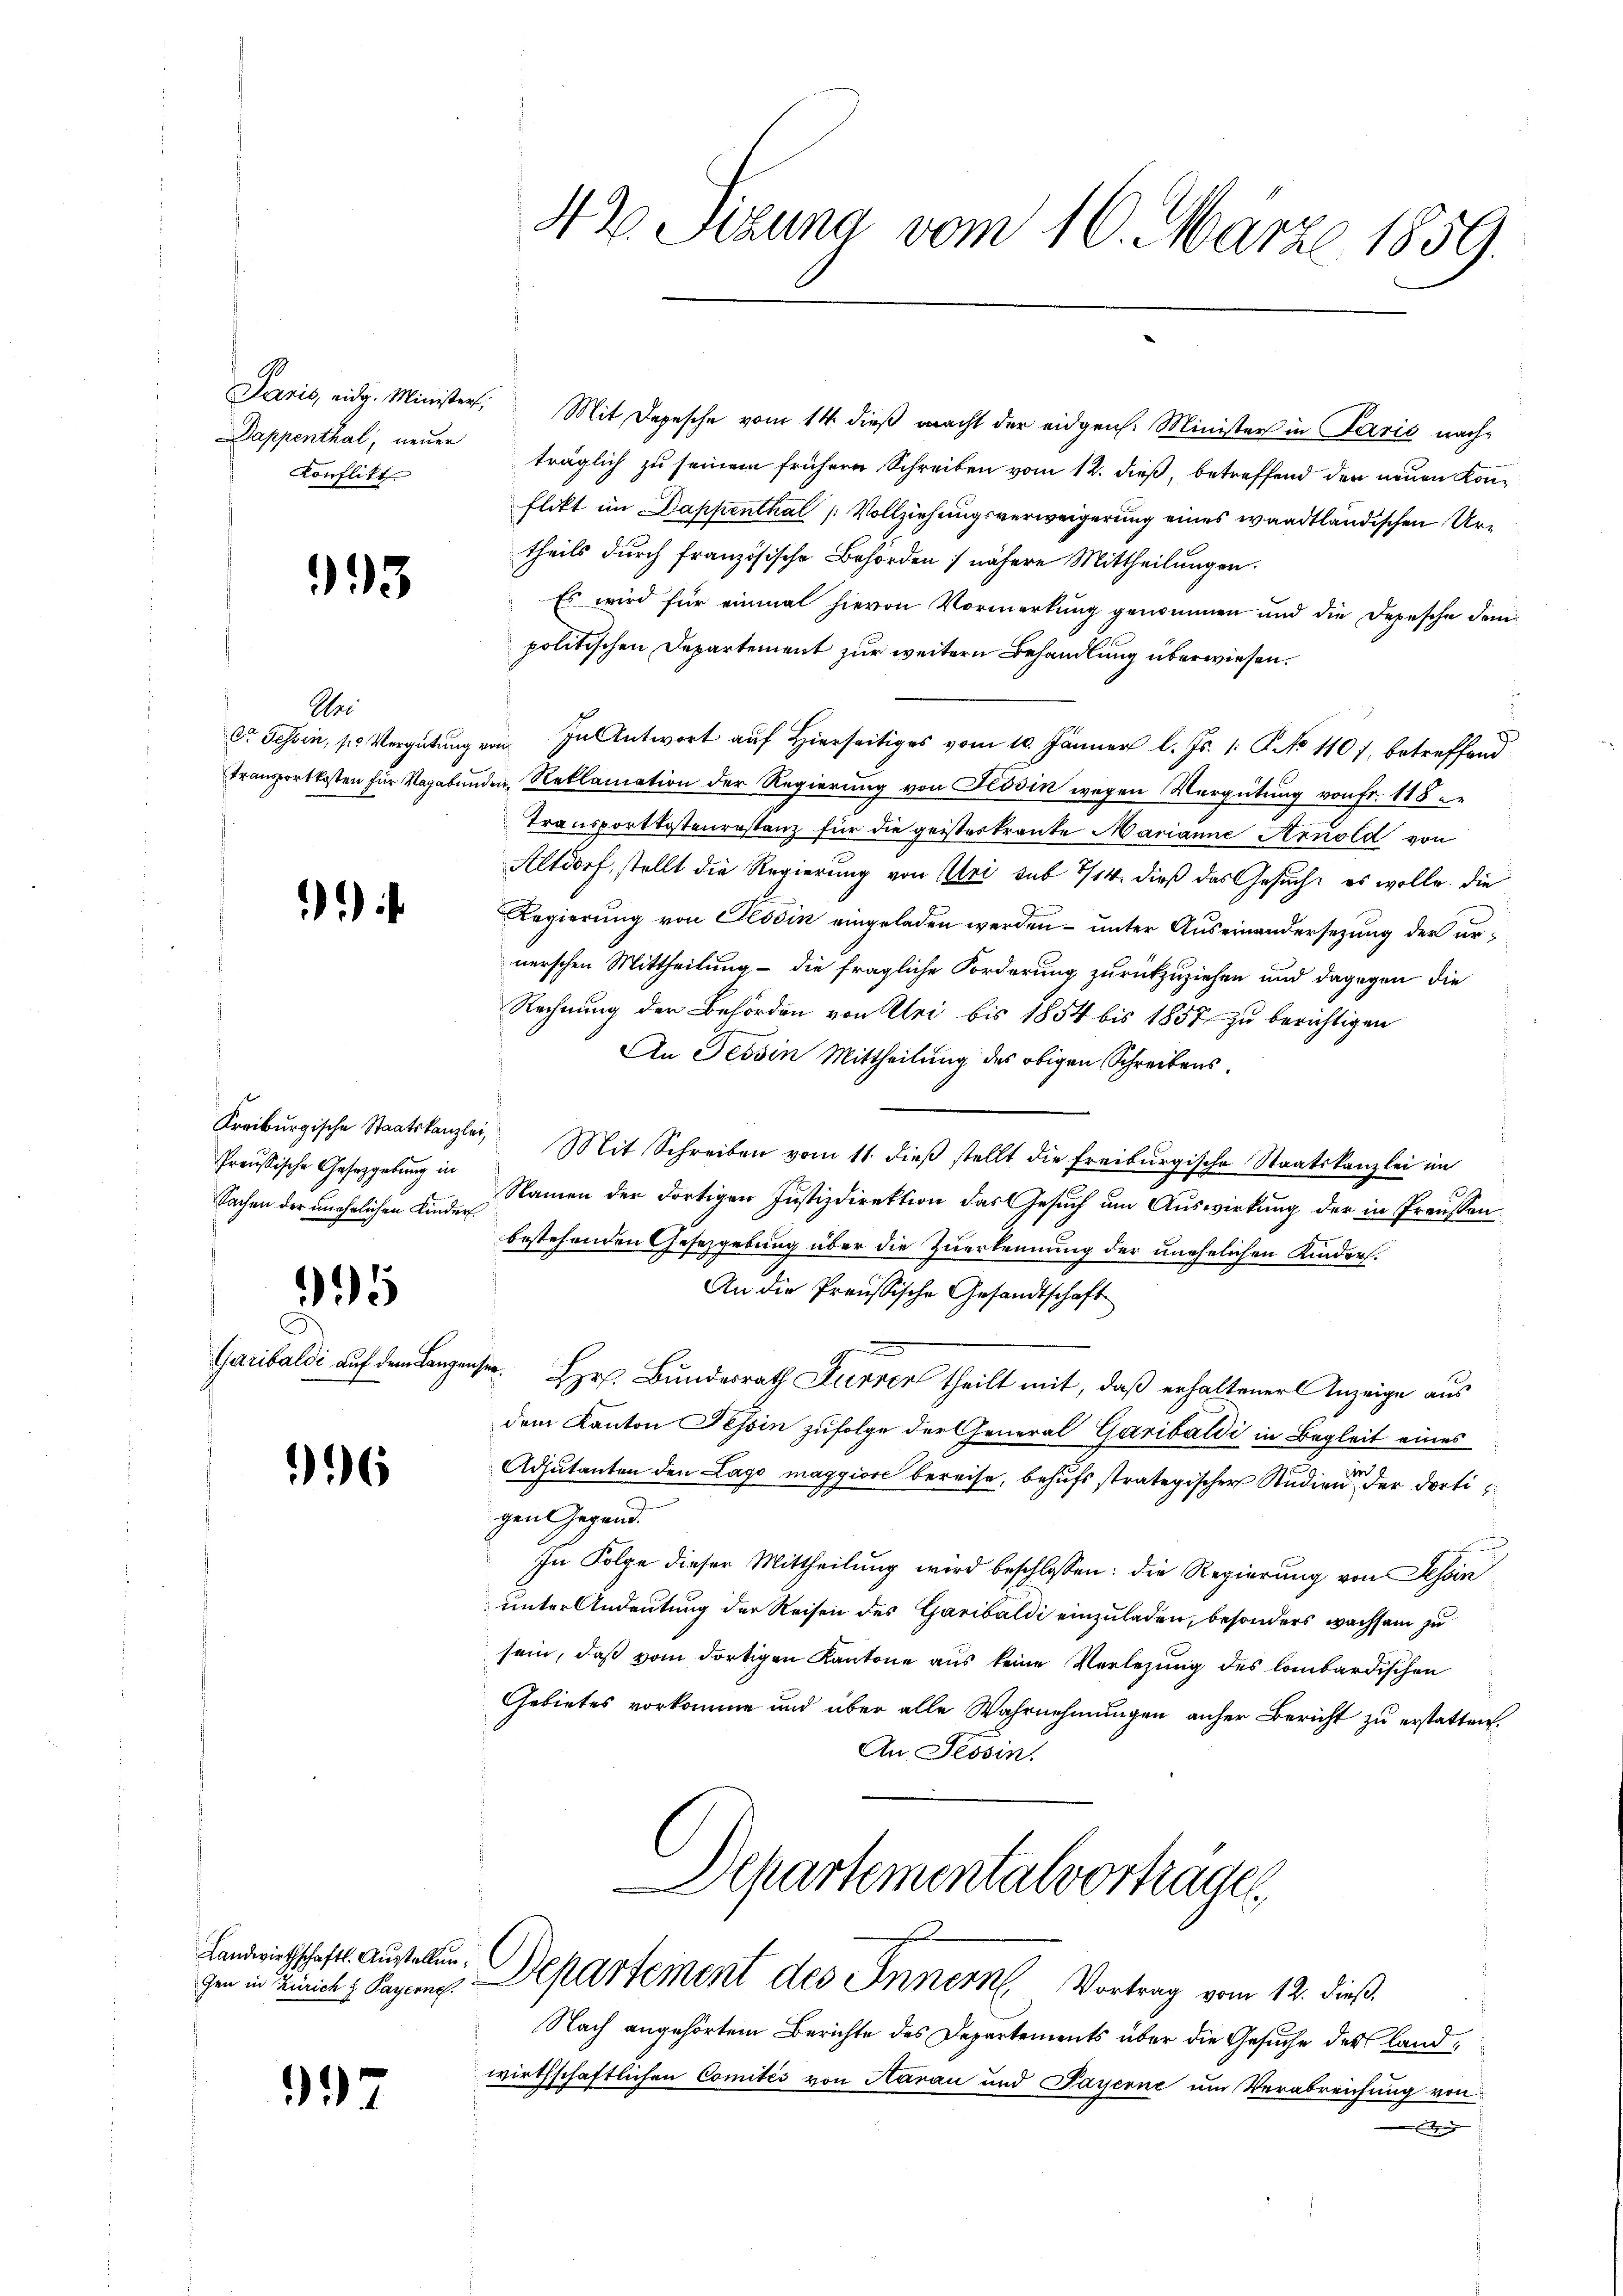
Konflikt

93

Wei

)

Preußische Gesetzgebung in

5

96

Landwirthschaft. Ausstellen.

97

Panić, eidg. Minister. Mit Depesche vom 14. dieß macht der eidgen. Minister in Paris nach-
Dappenthal, neuer träglich zu seinem frühere Schreiben vom 12. dieß, betreffend der neuen Konflikt im Dappenthal [Vollziehungsverweigerung eines waadtländischen Urtheils durch französische Behörden; nähere Mittheilungen.
Es wird für einmal hievon Vormerkung genommen und die Depesche dempolitischen Departement zur weitern Behandlung überwiesen.
Dr Tessin, s. Vergütŭng von In Antwort aŭf hierseitiges vom 10. Jänner l. Js. 1. No 1107. betreffend
transportkosten für Vagabunden, Reklamation der Regierŭng von Glödin wegen Vergütung von Fr. 118 e
Transportkostenrestanz für die geisteskrante Marianne Arnold von
Altdorf, stellt die Regierung von Uri sub 7/14. dieß das Gesuch: es wolle, die
Regierung von Tessin eingeladen werden – unter Auseinandersezung der urnerschen Mittheilung - die fragliche Forderung zurückzuziehen und dagegen die
Rechnung der Behörden von Sei bis 1854 bis 1857 zu berichtigen
An Tessin Mittheilung des obigen Schreibens.
Freiburgische Staatskanzlei Mit Schreiben vom 11. dieβ stellt die freiburgische Staatskanzlei im
Sachen der unehelichen Kinde Namen der dortigen Justizdirektion das Gesuch um Auswirkung der in Preussen
bestehenden Gesetzgebung über die Zuerkennung der unehelichen Kinders.
An die Preussische Gesandtschaft
Garibald auf dem Canzens. Hr. Bundesrath Furren theilt mit, daß erhaltener Anzeige aus
dem Kanton Tessin zufolge der General Garibaldi in Begleit eines
u
Adjutanten den Lago maggiore bereise, behufs strategischer Studien der dorti
gen Gegend
In Folge dieser Mittheilung wird beschlossen: die Regierung von Tessin
unter Andeutung der Reisen des Garibaldi einzuladen, besonders wachsam zu
sein, daβ vom dortigen Kantone aus keine Verlegung des lombardischen
Gebietes vorkomme und über alle Wahrnehmungen anher Bericht zu erstatten.
An Tessin.
Departementalvorträgen
gen in Zürich, Segens Departement des Innern Vortrag vom 12. dieß.
Nach angehörtem Berichte des Departements über die Gesuche der Landwirthschaftlichen Comités von Aarau und Payerne um Verabreichung von

42. Sitzung vom 10. März 1859.